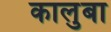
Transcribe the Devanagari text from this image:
कालुबा